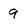
Character: 9